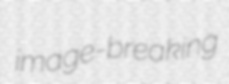
image-breaking